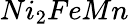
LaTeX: Ni_{2}FeMn